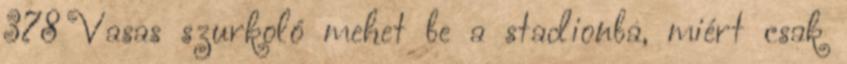
378 Vasas szurkoló mehet be a stadionba, miért csak